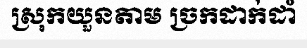
ស្រុកយួនតាម ច្រកដាក់ដាំ